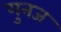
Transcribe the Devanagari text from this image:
गुनज